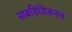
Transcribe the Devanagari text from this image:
सबडिविजनल